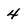
Character: 4